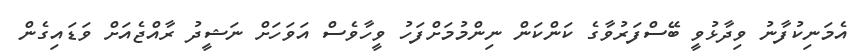
އެމަނިކުފާނު ވިދާޅުވީ ބޭސްފަރުވާގެ ކަންކަން ނިންމުމަށްފަހު ވީހާވެސް އަވަހަށް ނަޝީދު ރާއްޖެއަށް ވަޑައިގެން